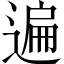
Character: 遍